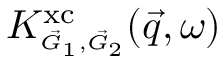
K _ { \scriptscriptstyle \vec { G } _ { 1 } , \vec { G } _ { 2 } } ^ { \mathrm { x c } } ( \vec { q } , \omega )